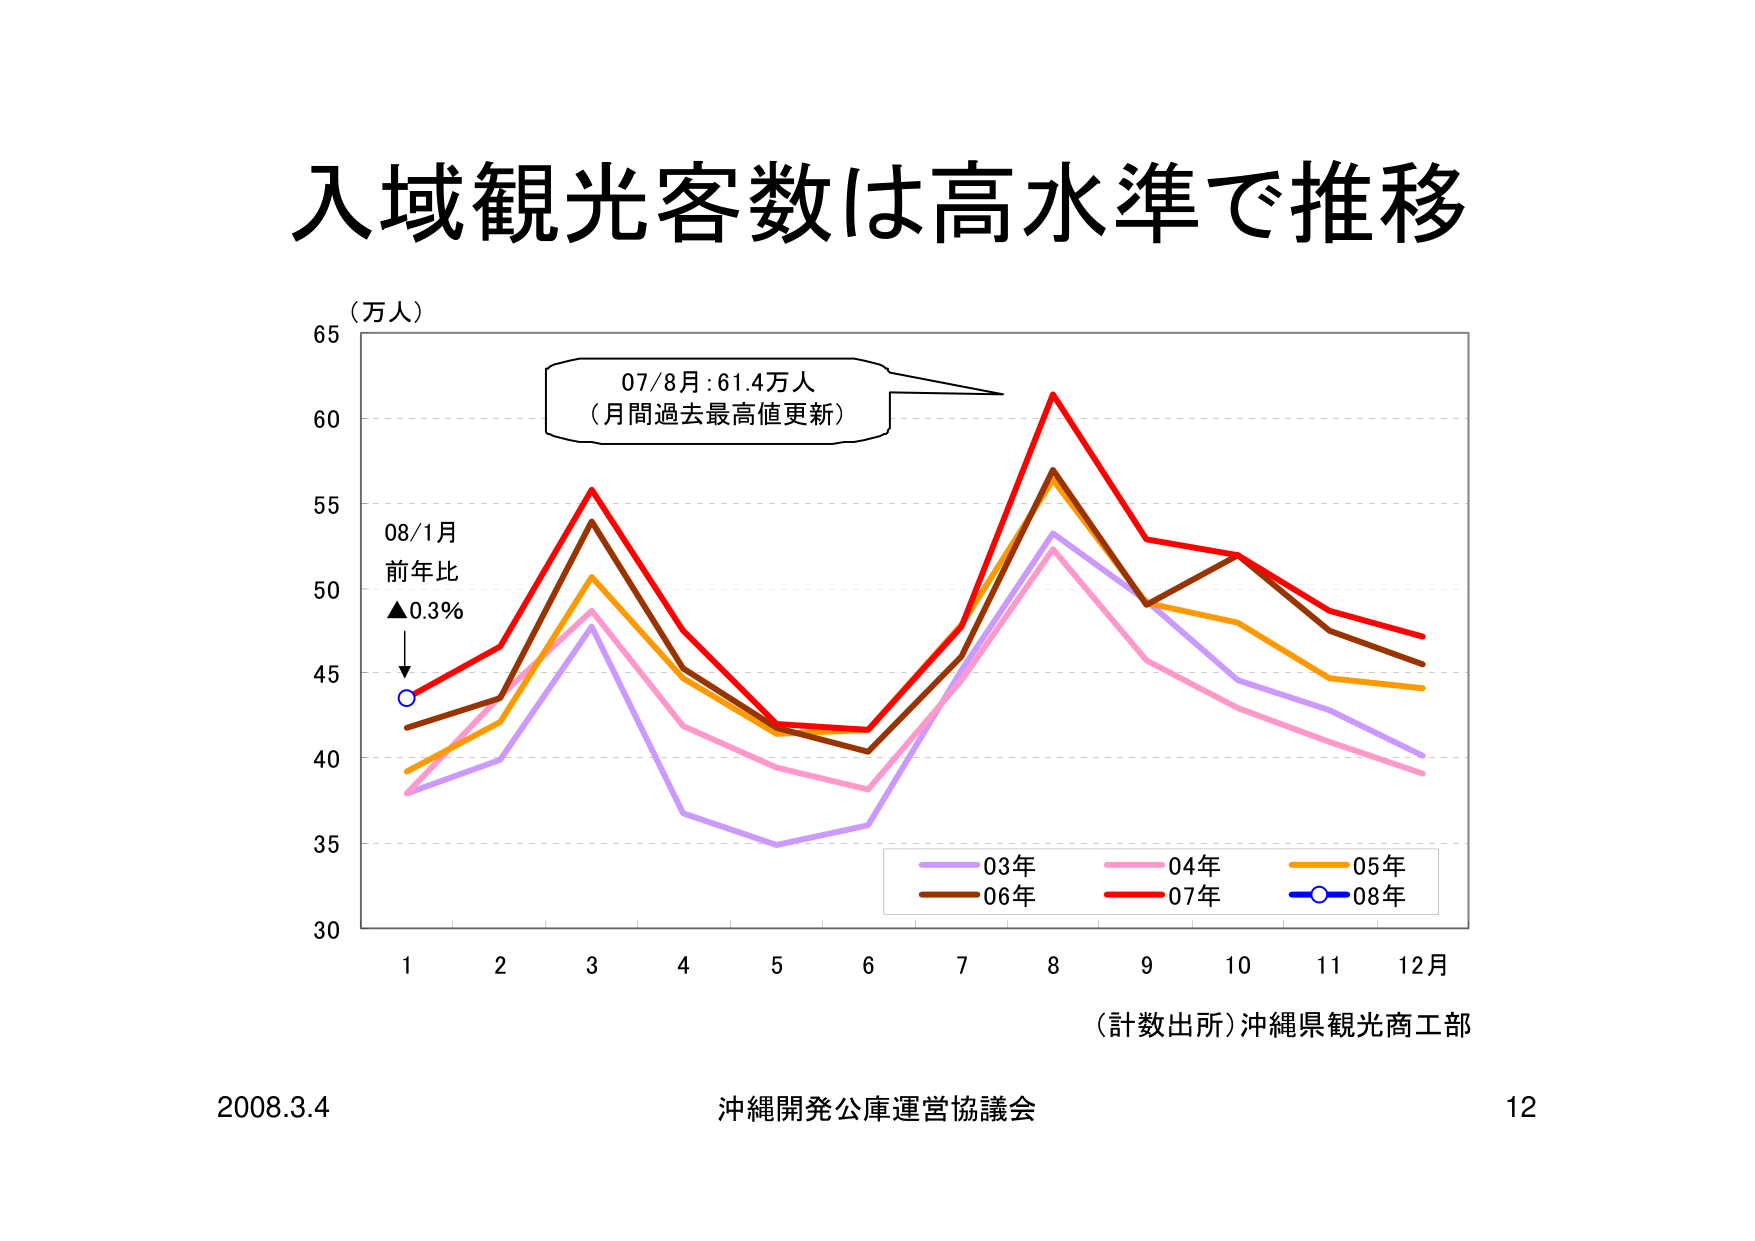
入域観光客数は高水準で推移

（万人）

07/8月：61.4万人
（月間過去最高値更新）

08/1月
前年比
▲0.3%

30
35
40
45
50
55
60
65

1 2 3 4 5 6 7 8 9 10 11 12月

03年
04年
05年
06年
07年
08年

（計数出所）沖縄県観光商工部

2008.3.4 沖縄開発公庫運営協議会 12